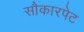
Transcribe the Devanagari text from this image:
सौकारपेट